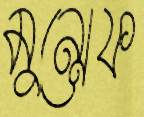
মুন্সেফ